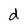
Character: d